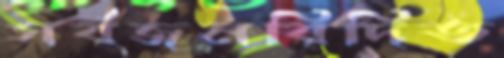
সর্বজনবিদিত